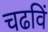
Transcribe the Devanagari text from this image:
चढविं